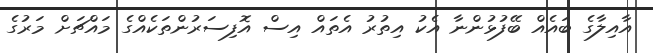
އާއިލާގެ ބައެއް ބޭފުޅުންނާ އެކު އިތުރު އެތައް އިސް އޮފިސަރުންތަކެއްގެ މައްޗަށް މަރުގެ